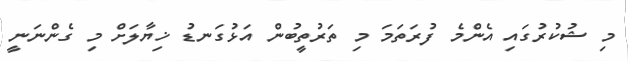
މި ޝުކުރުގައި އެންމެ ފުރަތަމަ މި ތަރުތީބުން އަޅުގަނޑު ޚިޔާލަށް މި ގެންނަނީ